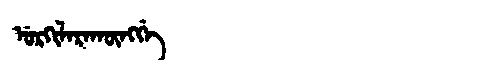
Manchu: ᡠᡵᡴᡳᠯᠠᡵᠠᡴᡡᠩᡤᡝ
Romanization: URKILARAKŪNGGE